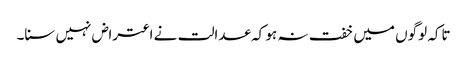
تاکہ لوگوں میں خفت نہ ہو کہ عدالت نے اعتراض نہیں سنا۔